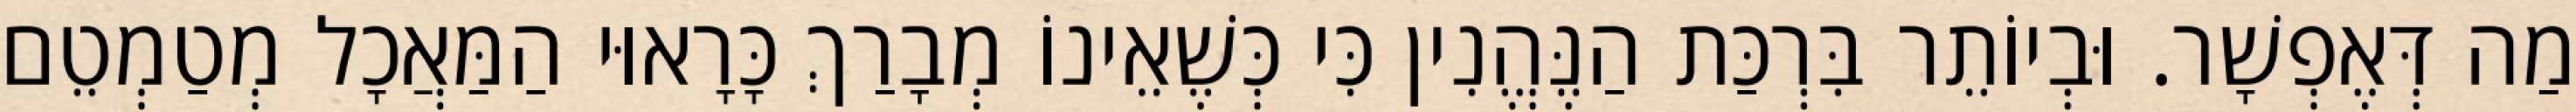
מַה דְּאֶפְשָׁר. וּבְיוֹתֵר בִּרְכַּת הַנֶּהֱנִין כִּי כְּשֶׁאֵינוֹ מְבָרַךְ כָּרָאוּי הַמַּאֲכָל מְטַמְטֵם